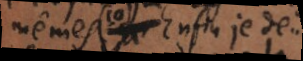
mêmes. 10) Enfin je de..